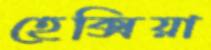
হেক্সিয়া